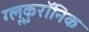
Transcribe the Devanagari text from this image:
ग्लूकुरॉनिक